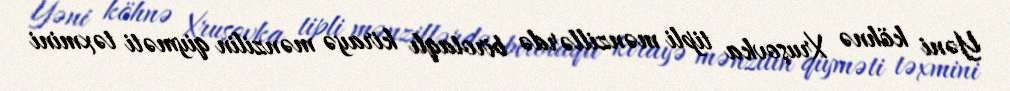
Yəni köhnə Xruşovka tipli mənzillərdə birotaqlı kirayə mənzilin qiyməti təxmini